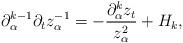
LaTeX: \begin{align*}\partial_{\alpha}^{k-1}\partial_t z_{\alpha}^{-1}=-\frac{\partial_{\alpha}^k z_t}{z_{\alpha}^2}+H_k,\end{align*}